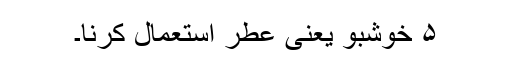
۵ خوشبو یعنی عطر استعمال کرنا۔